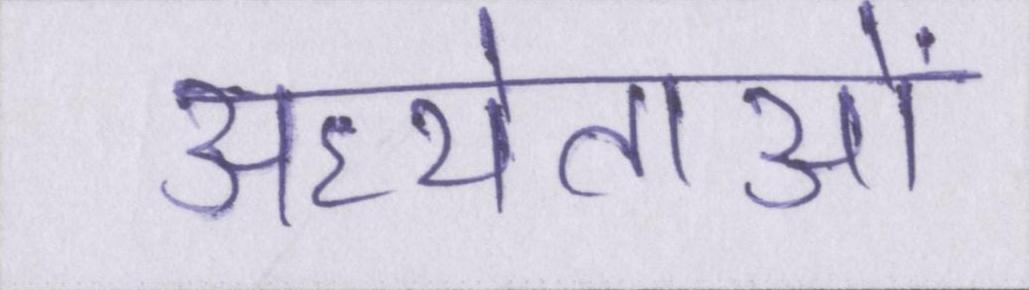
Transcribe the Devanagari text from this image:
अध्येताओं